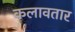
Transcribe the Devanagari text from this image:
कलावतार